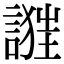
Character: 𧪴